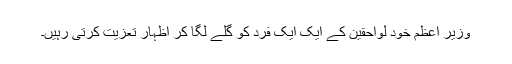
وزیر اعظم خود لواحقین کے ایک ایک فرد کو گلے لگا کر اظہار تعزیت کرتی رہیں۔